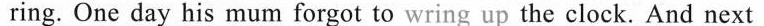
ring. One day his mum forgot to wring up the clock. And next